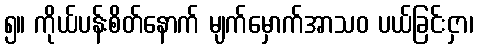
၅။ ကိုယ်ပန်းစိတ်နောက် မျက်မှောက်အာသဝ ပယ်ခြင်းငှာ၊